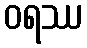
ဝရဿ